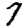
Digit: 7